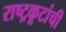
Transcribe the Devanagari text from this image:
राष्ट्रकूटांची